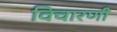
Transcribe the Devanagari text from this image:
विचारणी